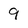
Character: 9